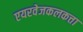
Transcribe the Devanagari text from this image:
एयरवेजकलकत्ता